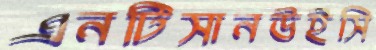
এনটিসানউইসি